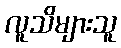
လူသိများသူ